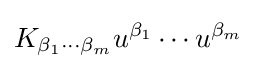
K_{\beta _{1}\cdots \beta _{m}}u^{\beta _{1}}\cdots u^{\beta _{m}}